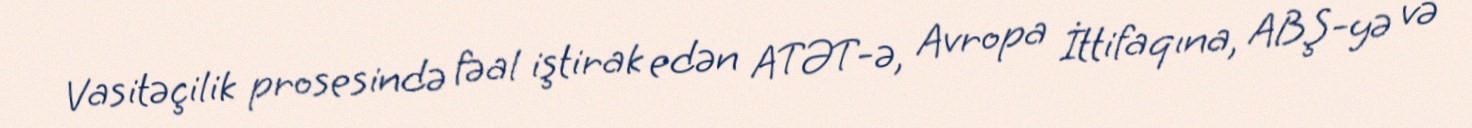
Vasitəçilik prosesində fəal iştirak edən ATƏT-ə, Avropa İttifaqına, ABŞ-yə və